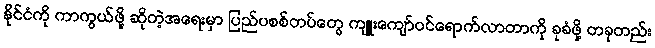
နိုင်ငံကို ကာကွယ်ဖို့ ဆိုတဲ့အရေးမှာ ပြည်ပစစ်တပ်တွေ ကျူးကျော်ဝင်ရောက်လာတာကို ခုခံဖို့ တခုတည်း